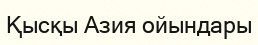
Қысқы Азия ойындары